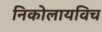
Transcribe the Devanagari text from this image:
निकोलायविच